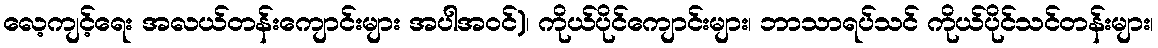
လေ့ကျင့်ရေး အလယ်တန်းကျောင်းများ အပါအဝင်)၊ ကိုယ်ပိုင်ကျောင်းများ၊ ဘာသာရပ်သင် ကိုယ်ပိုင်သင်တန်းများ၊